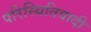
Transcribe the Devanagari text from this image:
परिस्थितिवादी